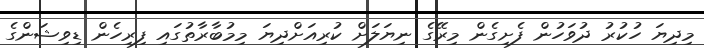
މިދިޔަ ހުކުރު ދުވަހުން ފެށިގެން މިރޭގެ ނިޔަލަށް ކުރިއަށްދިޔަ މިމުބާރާތުގައި ފިރިހެން ޑިވިޝަންގެ